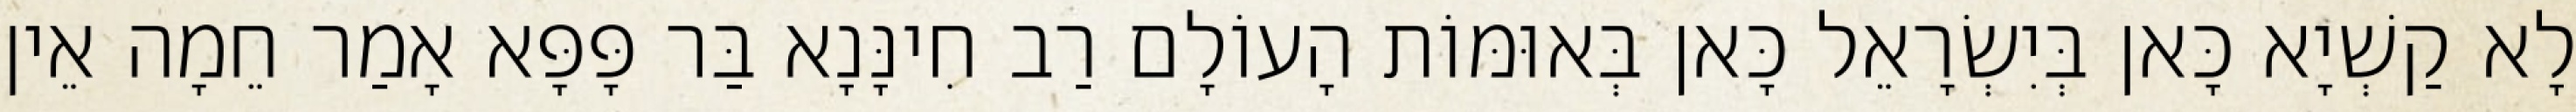
לָא קַשְׁיָא כָּאן בְּיִשְׂרָאֵל כָּאן בְּאוּמּוֹת הָעוֹלָם רַב חִינָּנָא בַּר פָּפָּא אָמַר חֵמָה אֵין